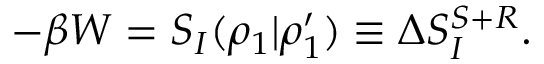
- \beta W = S _ { I } ( \rho _ { 1 } | \rho _ { 1 } ^ { \prime } ) \equiv \Delta S _ { I } ^ { S + R } .